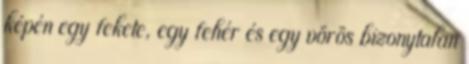
képén egy fekete, egy fehér és egy vörös bizonytalan